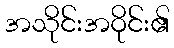
အသိုင်းအဝိုင်း၏